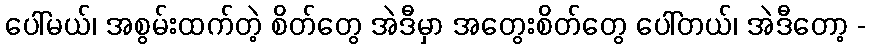
ပေါ်မယ်၊ အစွမ်းထက်တဲ့ စိတ်တွေ အဲဒီမှာ အတွေးစိတ်တွေ ပေါ်တယ်၊ အဲဒီတော့ -